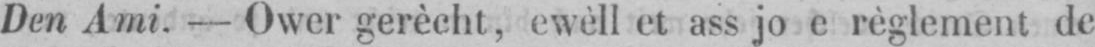
Den Ami.-Ower gerècht, ewèll et ass jo e règlement de